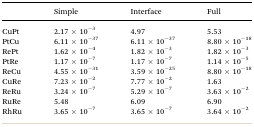
|  | Simple | Interface | Full |
 | --- | --- | --- | --- |
 | CuPt | 2.17 × 10–3 | 4.97 | 5.53 |
 | PtCu | 6.11 × 10–37 | 6.11 × 10–37 | 8.80 × 10–18 |
 | RePt | 1.62 × 10–4 | 1.82 × 10–3 | 1.82 × 10–3 |
 | PtRe | 1.17 × 10–7 | 1.17 × 10–7 | 1.14 × 10–5 |
 | ReCu | 4.55 × 10–31 | 3.59 × 10–25 | 8.80 × 10–18 |
 | CuRe | 7.23 × 10–2 | 7.77 × 10–2 | 1.63 |
 | ReRu | 3.24 × 10–7 | 5.29 × 10–7 | 3.63 × 10–2 |
 | RuRe | 5.48 | 6.09 | 6.90 |
 | RhRu | 3.65 × 10–7 | 3.65 × 10–7 | 3.64 × 10–2 |